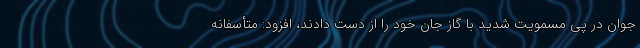
جوان در پی مسمویت شدید با گاز جان خود را از دست دادند، افزود: متأسفانه